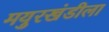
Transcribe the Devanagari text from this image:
मयुरखंडीला